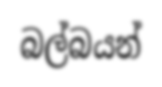
බල්බයන්